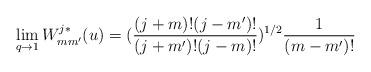
LaTeX: \begin{align*}\lim _{q\to 1}W^{j*}_{mm'}(u)=(\frac{(j+m)!(j-m')!}{ (j+m')!(j-m)!} )^{1/2}\frac{1}{(m-m')!}\end{align*}